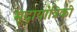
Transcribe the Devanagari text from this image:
मृदायांत्रिकी